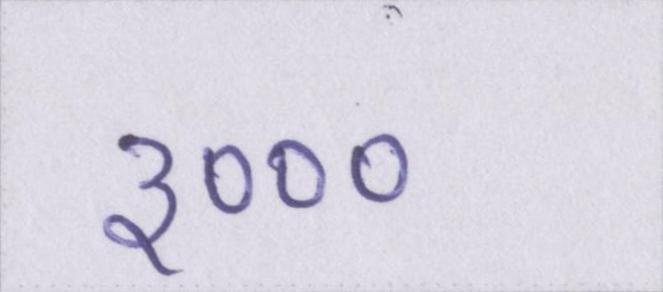
३०००